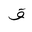
Letter: _qaf